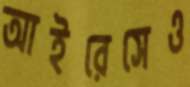
আইরেসেও